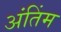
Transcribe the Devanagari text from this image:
अंतिंम